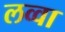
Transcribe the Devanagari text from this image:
लव्वा